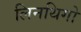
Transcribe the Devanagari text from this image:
लिनथिगो